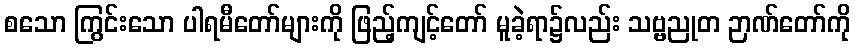
စသော ကြွင်းသော ပါရမီတော်များကို ဖြည့်ကျင့်တော် မူခဲ့ရာ၌လည်း သဗ္ဗညုတ ဉာဏ်တော်ကို